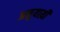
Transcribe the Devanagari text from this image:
अनुयाय़ी